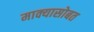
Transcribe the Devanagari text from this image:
माक्यासोबत